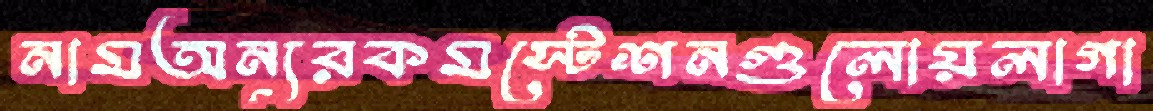
নামঅন্যরকমস্টেশনগুলোয়লাগা